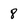
Character: 8